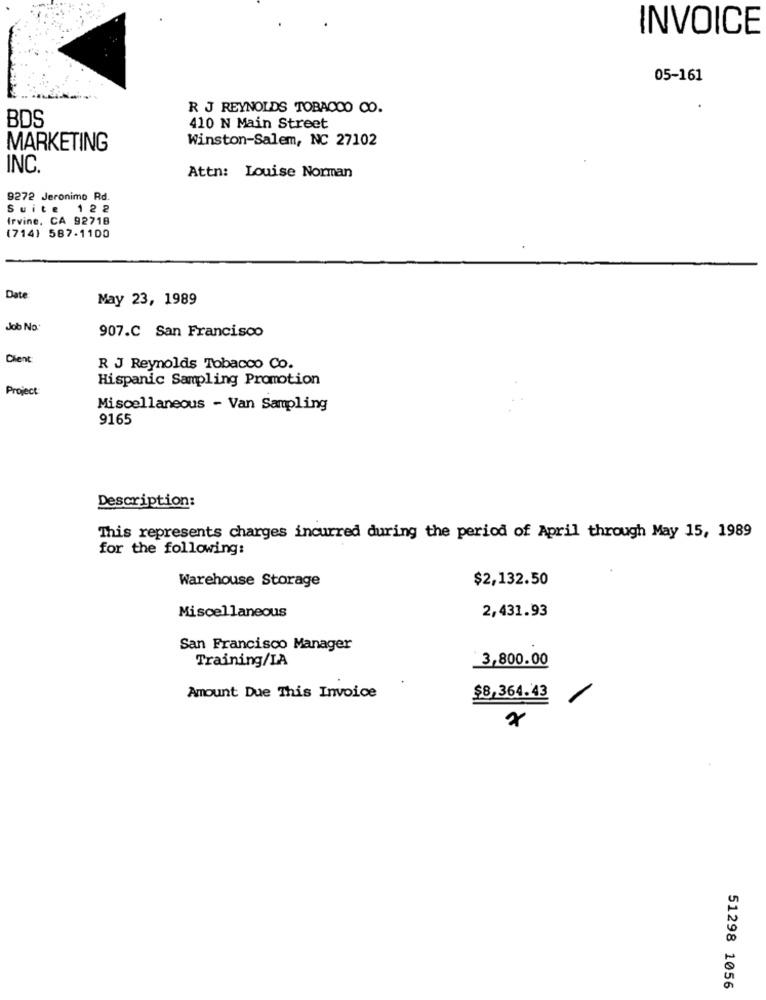
INVOICE
05-161
R J REYNOLDS TOBACCO CO.
BDS
410 N Main Street
Winston-Salem, NC 27102
MARKETING
INC.
Attn: Louise Norman
9272 Jeronimo Rd.
Suite 122
Irvine, CA 92718
(714) 587-1100
Date:
May 23, 1989
Job No.
907.C San Francisco
Client
R J Reynolds Tobacco Co.
Hispanic Sampling Promotion
Project
Miscellaneous - Van Sampling
9165
Description:
This represents charges incurred during the period of April through May 15, 1989
for the following:
Warehouse Storage
$2,132.50
Miscellaneous
2,431.93
San Francisco Manager
Training/LA
3,800.00
Amount Due This Invoice
$8,364.43
51298 1056